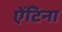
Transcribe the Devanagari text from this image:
ऐंटिना